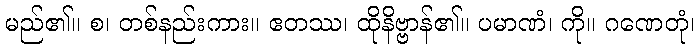
မည်၏။ စ၊ တစ်နည်းကား။ ဧတဿ၊ ထိုနိဗ္ဗာန်၏။ ပမာဏံ၊ ကို။ ဂဏေတုံ၊